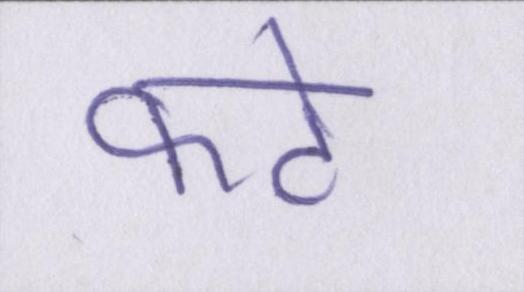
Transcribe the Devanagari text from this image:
फटे